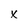
Character: x